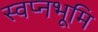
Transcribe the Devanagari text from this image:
स्वप्नभूमि